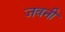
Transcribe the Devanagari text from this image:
जवनी